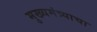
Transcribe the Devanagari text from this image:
मुख्यमंत्र्याचा